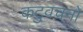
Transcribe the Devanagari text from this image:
कटुवचनों